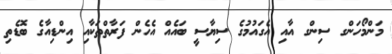
މަންމޯހަންގ ސިންގ އާއި އެގައުމުގެ ސިޔާސީ ބައެއް އެހެން ފަރާތްތަކާއި އިންޑިއާގެ ބޮޑެތި